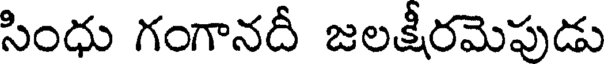
సింధు గంగానదీ జలక్షీరమెపుడు